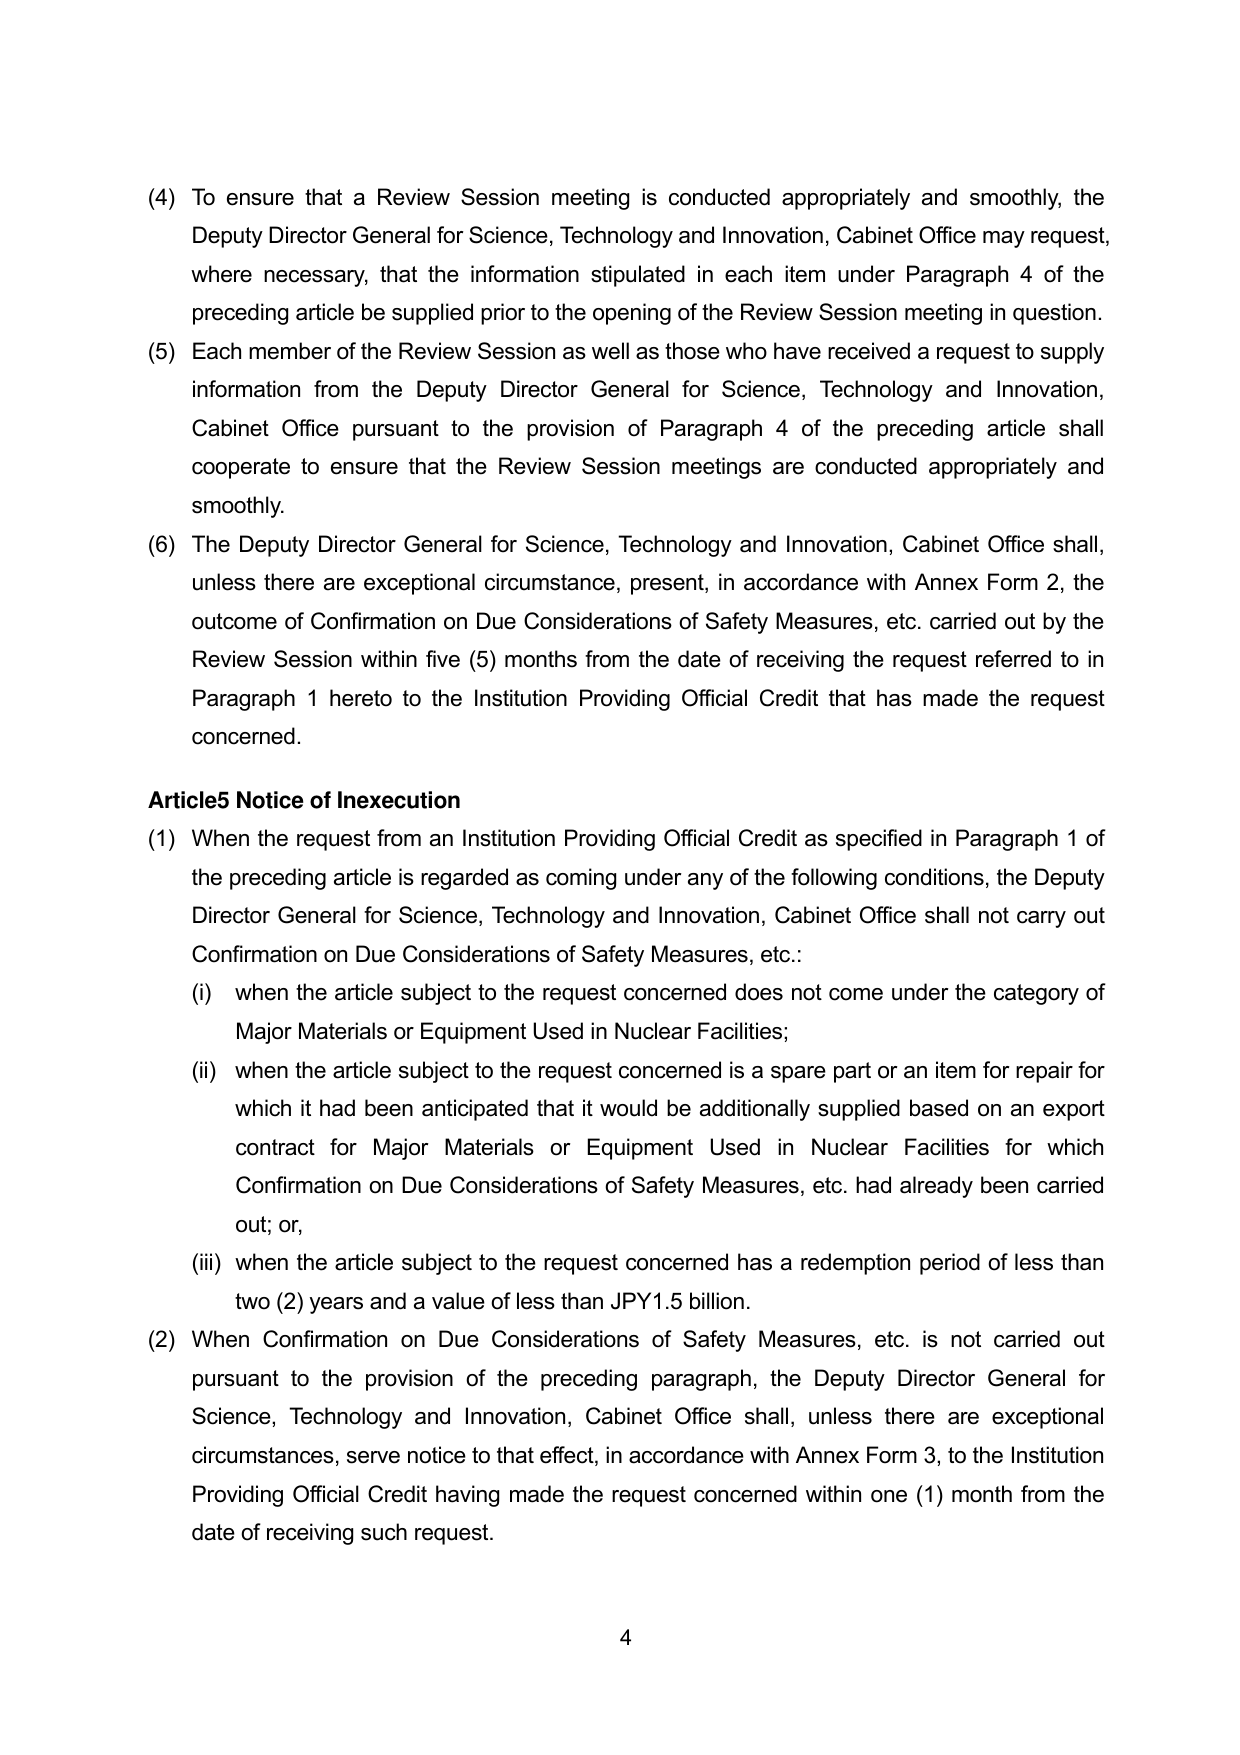
(4) To ensure that a Review Session meeting is conducted appropriately and smoothly, the Deputy Director General for Science, Technology and Innovation, Cabinet Office may request, where necessary, that the information stipulated in each item under Paragraph 4 of the preceding article be supplied prior to the opening of the Review Session meeting in question.

(5) Each member of the Review Session as well as those who have received a request to supply information from the Deputy Director General for Science, Technology and Innovation, Cabinet Office pursuant to the provision of Paragraph 4 of the preceding article shall cooperate to ensure that the Review Session meetings are conducted appropriately and smoothly.

(6) The Deputy Director General for Science, Technology and Innovation, Cabinet Office shall, unless there are exceptional circumstance, present, in accordance with Annex Form 2, the outcome of Confirmation on Due Considerations of Safety Measures, etc. carried out by the Review Session within five (5) months from the date of receiving the request referred to in Paragraph 1 hereto to the Institution Providing Official Credit that has made the request concerned.

Article5 Notice of Inexecution

(1) When the request from an Institution Providing Official Credit as specified in Paragraph 1 of the preceding article is regarded as coming under any of the following conditions, the Deputy Director General for Science, Technology and Innovation, Cabinet Office shall not carry out Confirmation on Due Considerations of Safety Measures, etc.:

(i) when the article subject to the request concerned does not come under the category of Major Materials or Equipment Used in Nuclear Facilities;

(ii) when the article subject to the request concerned is a spare part or an item for repair for which it had been anticipated that it would be additionally supplied based on an export contract for Major Materials or Equipment Used in Nuclear Facilities for which Confirmation on Due Considerations of Safety Measures, etc. had already been carried out; or,

(iii) when the article subject to the request concerned has a redemption period of less than two (2) years and a value of less than JPY1.5 billion.

(2) When Confirmation on Due Considerations of Safety Measures, etc. is not carried out pursuant to the provision of the preceding paragraph, the Deputy Director General for Science, Technology and Innovation, Cabinet Office shall, unless there are exceptional circumstances, serve notice to that effect, in accordance with Annex Form 3, to the Institution Providing Official Credit having made the request concerned within one (1) month from the date of receiving such request.

4